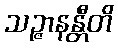
သဉ္ဇာနန္တီတိ